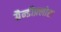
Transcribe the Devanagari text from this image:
ग्रैन्डीफ़्लोरा